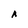
Character: A